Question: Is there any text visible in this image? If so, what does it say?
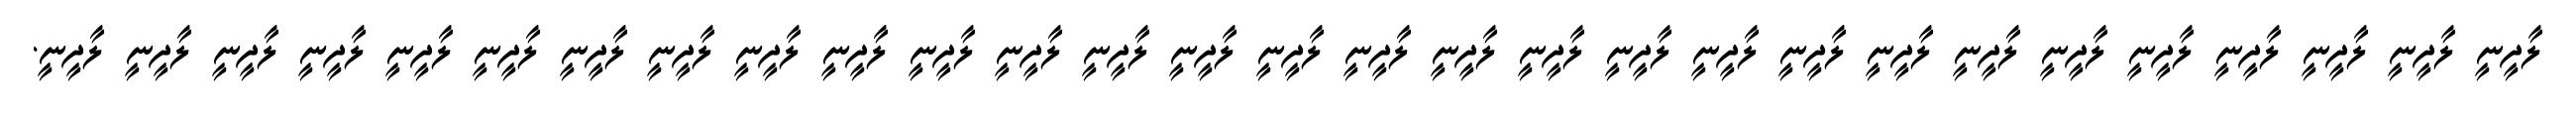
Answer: ލާދީނީ ލާދީނީ ލާދީނީ ލާދީނީ ލާދީނީ ލާދީނީ ލާދީނީ ލާދީނީ ލާދީނީ ލާދީނީ ލާދީނީ ލާދީނީ ލާދީނީ ލާދީނީ ލާދީނީ ލާދީނީ ލާދީނީ ލާދީނީ ލާދީނީ ލާދީނީ ލާދީނީ ލާދީނީ ލާދީނީ ލާދީނީ ލާދީނީ ލާދީނީ ލާދީނީ ލާދީނީ ލާދީނީ.